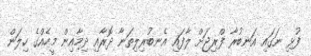
ފުޅި ނަގައި އަނބުރާ ފްރިޖަށް ލާފައި އެނބުރިލިތަނާ ދޮރާއި ދިމާއިން މީހެއްގެ ހިލަން